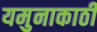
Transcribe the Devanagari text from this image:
यमुनाकाठी